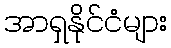
အာရှနိုင်ငံများ